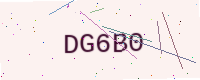
Text: DG6B0